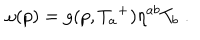
LaTeX: \omega ( p ) = g ( p , { T _ { a } } ^ { + } ) \eta ^ { a b } T _ { b } \; .